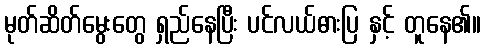
မုတ်ဆိတ်မွေးတွေ ရှည်နေပြီး ပင်လယ်ဓားပြ နှင့် တူနေ၏။